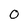
Character: 0